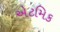
એટમિક